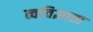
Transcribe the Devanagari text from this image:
त्वविज्ञाता